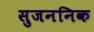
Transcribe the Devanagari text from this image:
सुजननिक